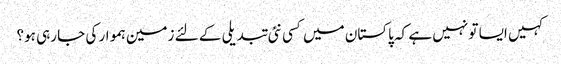
کہیں ایسا تو نہیں ہے کہ پاکستان میں کسی نئی تبدیلی کے لئے زمین ہموار کی جا رہی ہو؟